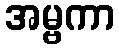
အမ္ဗကာ